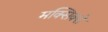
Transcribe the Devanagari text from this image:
मक्सिक्से